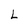
Character: L